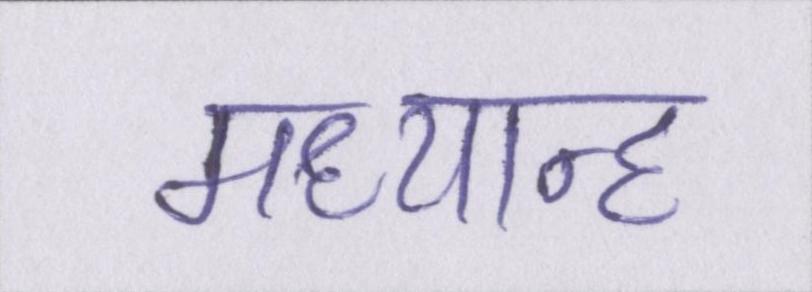
मध्यान्ह